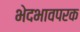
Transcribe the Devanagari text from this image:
भेदभावपरक